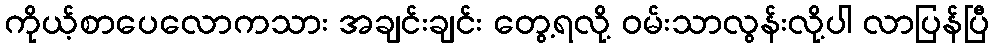
ကိုယ့်စာပေလောကသား အချင်းချင်း တွေ့ရလို့ ဝမ်းသာလွန်းလို့ပါ လာပြန်ပြီ